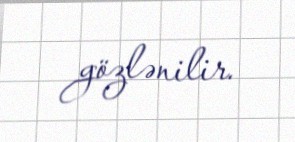
gözlənilir.